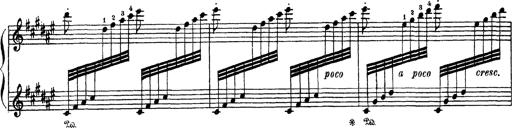
Title: AnnÃ©es de PÃ¨lerinage III
Composer: Franz Liszt